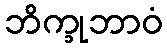
ဘိက္ခုဘာဝံ